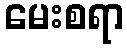
မေးစရာ